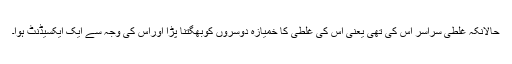
حالانکہ غلطی سراسر اس کی تھی یعنی اس کی غلطی کا خمیازہ دوسروں کوبھگتنا پڑا اوراس کی وجہ سے ایک ایکسیڈنٹ ہوا۔